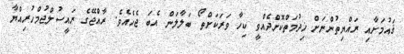
ޤައުމަށާއި ރައްޔިތުންނަށް ޚިދުމަތްކޮށްދެއްވީ ކިހާ ވަރަކަށްތޯ ބަލާލަން އެބަ ޖެހެއެވެ. ރާއްޖޭގެ ރައީސުލްޖުމްހުރިއްޔާ